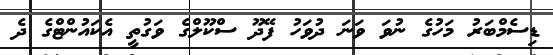
ޑިސެމްބަރު މަހުގެ ނުވަ ވަނަ ދުވަހު ފޭދޫ ސްކޫލްގެ ވަގުތީ އެކައުންޓްގެ ދެ